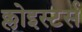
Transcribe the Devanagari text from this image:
क्लोइस्टर्स